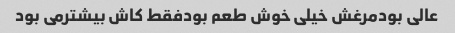
عالی بودمرغش خیلی خوش طعم بودفقط کاش بیشترمی بود